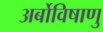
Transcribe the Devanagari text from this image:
अर्बोविषाणु